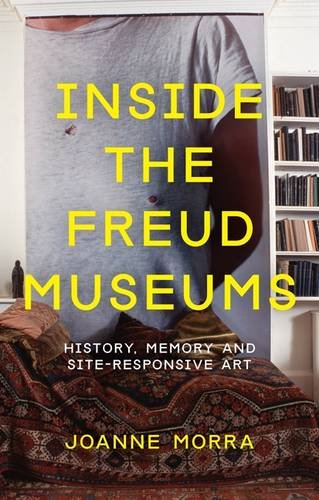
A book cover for Inside the Freud Museums (International Library of Modern and Contemporary Art); Joanne Morra; Biographies & Memoirs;